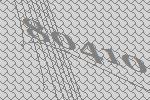
80410